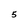
Character: 5